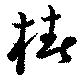
椿